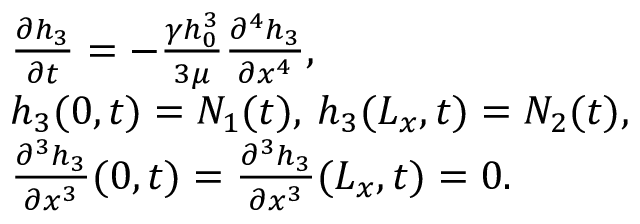
\begin{array} { r l } & { \frac { \partial h _ { 3 } } { \partial t } = - \frac { \gamma h _ { 0 } ^ { 3 } } { 3 \mu } \frac { \partial ^ { 4 } h _ { 3 } } { \partial x ^ { 4 } } , } \\ & { h _ { 3 } ( 0 , t ) = N _ { 1 } ( t ) , \: h _ { 3 } ( L _ { x } , t ) = N _ { 2 } ( t ) , } \\ & { \frac { \partial ^ { 3 } h _ { 3 } } { \partial x ^ { 3 } } ( 0 , t ) = \frac { \partial ^ { 3 } h _ { 3 } } { \partial x ^ { 3 } } ( L _ { x } , t ) = 0 . } \end{array}